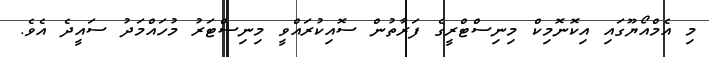
މި އެމްއޯޔޫގައި އިކޮނޮމިކް މިނިސްޓްރީގެ ފަރާތުން ސޮއިކުރައްވީ މިނިސްޓަރު މުހައްމަދު ސައީދެ އެވެ.